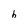
Character: h